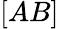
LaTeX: [AB]